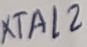
Text: XTAL2